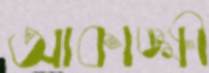
আকাঙ্ক্ষী